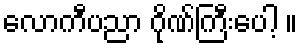
လောကီပညာ ဂိုဏ်ကြီးပေါ့ ။